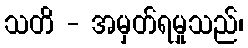
သတိ - အမှတ်ရမှုသည်၊